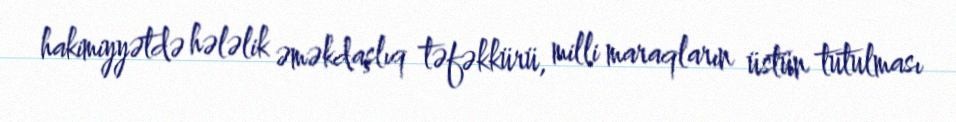
hakimiyyətdə hələlik əməkdaşlıq təfəkkürü, milli maraqların üstün tutulması